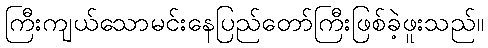
ကြီးကျယ်သောမင်းနေပြည်တော်ကြီးဖြစ်ခဲ့ဖူးသည်။